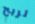
لربح